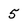
Character: 5